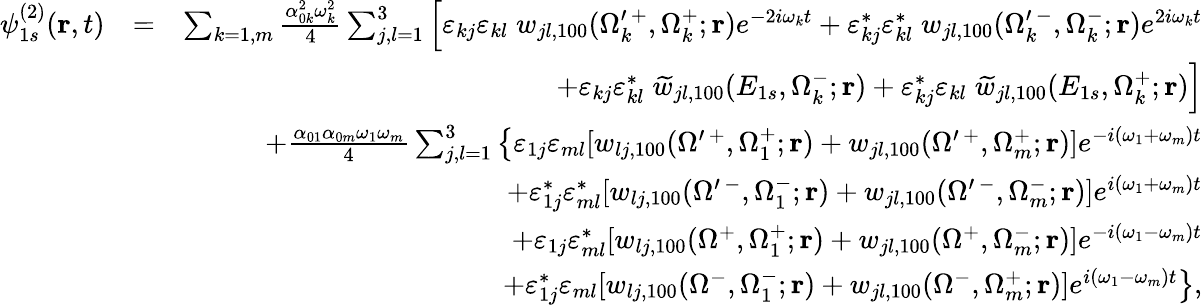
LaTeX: \begin{array}{rlr}{\psi_{1s}^{(2)}(\mathbf{r},t)}&{=}&{\sum_{k=1,m}\frac{\alpha_{0k}^{2}\omega_{k}^{2}}{4}\sum_{j,l=1}^{3}\left[\varepsilon_{kj}\varepsilon_{kl}\; w_{jl,100}(\Omega_{k}^{\prime\, +},\Omega_{k}^{+};\mathbf{r})e^{-2i\omega_{k}t}+\varepsilon_{kj}^{*}\varepsilon_{kl}^{*}\; w_{jl,100}(\Omega_{k}^{\prime\, -},\Omega_{k}^{-};\mathbf{r})e^{2i\omega_{k}t}\right.}\\ &{}&{\left.+\varepsilon_{kj}\varepsilon_{kl}^{*}\; \widetilde w_{jl,100}(E_{1s},\Omega_{k}^{-};\mathbf{r})+\varepsilon_{kj}^{*}\varepsilon_{kl}\; \widetilde w_{jl,100}(E_{1s},\Omega_{k}^{+};\mathbf{r})\right]}\\ &{}&{+\frac{\alpha_{01}\alpha_{0m}\omega_{1}\omega_{m}}{4}\sum_{j,l=1}^{3}\left\{ \varepsilon_{1j}\varepsilon_{ml}[w_{lj,100}(\Omega^{\prime\, +},\Omega_{1}^{+};\mathbf{r})+w_{jl,100}(\Omega^{\prime\, +},\Omega_{m}^{+};\mathbf{r})]e^{-i(\omega_{1}+\omega_{m})t}\right.}\\ &{}&{+\varepsilon_{1j}^{*}\varepsilon_{ml}^{*}[w_{lj,100}(\Omega^{\prime\, -},\Omega_{1}^{-};\mathbf{r})+w_{jl,100}(\Omega^{\prime\, -},\Omega_{m}^{-};\mathbf{r})]e^{i(\omega_{1}+\omega_{m})t}}\\ &{}&{+\varepsilon_{1j}\varepsilon_{ml}^{*}[w_{lj,100}(\Omega^{+},\Omega_{1}^{+};\mathbf{r})+w_{jl,100}(\Omega^{+},\Omega_{m}^{-};\mathbf{r})]e^{-i(\omega_{1}-\omega_{m})t}}\\ &{}&{\left.+\varepsilon_{1j}^{*}\varepsilon_{ml}[w_{lj,100}(\Omega^{-},\Omega_{1}^{-};\mathbf{r})+w_{jl,100}(\Omega^{-},\Omega_{m}^{+};\mathbf{r})]e^{i(\omega_{1}-\omega_{m})t}\right\} ,}\end{array}